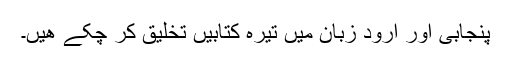
پنجابی اور ارود زبان میں تیرہ کتابیں تخلیق کر چکے ھیں۔